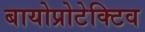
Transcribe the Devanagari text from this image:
बायोप्रोटेक्टिव